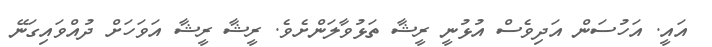
އައީ. އަހުސަން އަދިވެސް އުޅުނީ ރީޝާ ތަޅުވާލަންށެވެ. ރީޝާ ރީޝާ އަވަހަށް ދުއްވައިގަނޭ